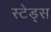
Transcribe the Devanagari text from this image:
स्टेड्स